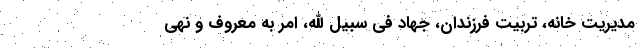
مدیریت خانه، تربیت فرزندان، جهاد فی سبیل الله، امر به معروف و نهی